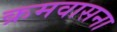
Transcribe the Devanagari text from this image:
क्रमवासना